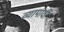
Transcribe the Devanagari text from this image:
व्यापावी